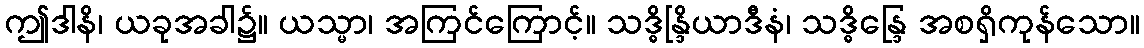
ဤဒါနိ၊ ယခုအခါ၌။ ယသ္မာ၊ အကြင်ကြောင့်။ သဒ္ဓိန္ဒြိယာဒီနံ၊ သဒ္ဓိန္ဒြေ အစရှိကုန်သော။